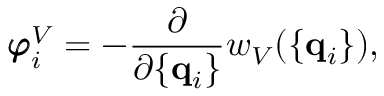
{ \pmb \varphi } _ { i } ^ { V } = - \frac { \partial } { \partial \{ { \bf q } _ { i } \} } w _ { V } ( \{ { \bf q } _ { i } \} ) ,